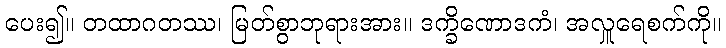
ပေး၍။ တထာဂတဿ၊ မြတ်စွာဘုရားအား။ ဒက္ခိဏောဒကံ၊ အလှူရေစက်ကို။